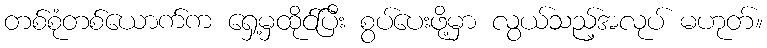
တစ်စုံတစ်ယောက်က ရှေ့မှထိုင်ပြီး စွပ်ပေးဖို့မှာ လွယ်သည့်အလုပ် မဟုတ်။